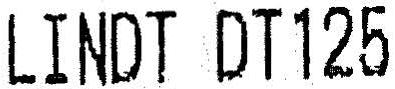
LINDT DT125